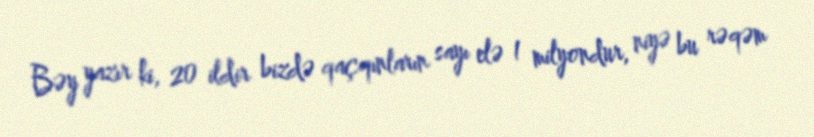
Bəy yazır ki, 20 ildir bizdə qaçqınların sayı elə 1 milyondur, niyə bu rəqəm